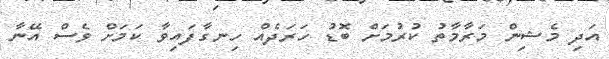
އަދި މެޝިން މަރާމާތު ކުރުމަށް ބޮޑު ހަރަދެއް ހިނގާފައިވާ ކަމަށް ވެސް އޭނާ